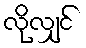
လိုလျှင်